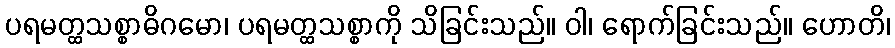
ပရမတ္ထသစ္စာဓိဂမော၊ ပရမတ္ထသစ္စာကို သိခြင်းသည်။ ဝါ၊ ရောက်ခြင်းသည်။ ဟောတိ၊